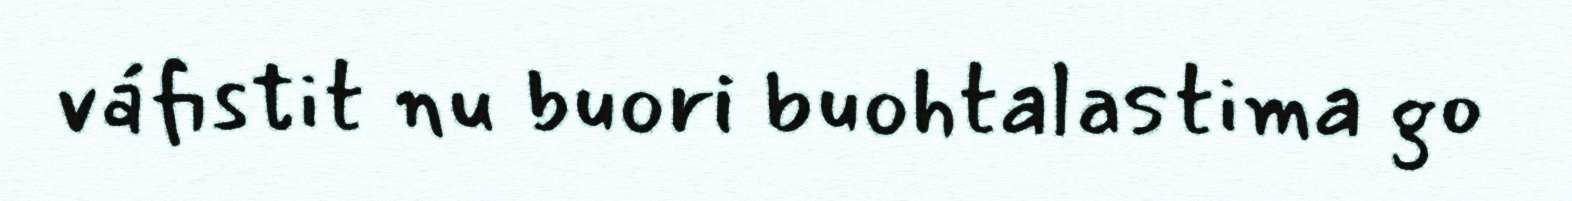
váfistit nu buori buohtalastima go